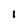
Character: 1